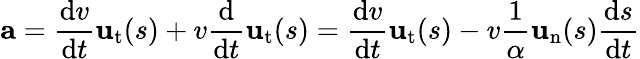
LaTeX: \mathbf{a}={\frac{\mathrm{d}v}{\mathrm{d}t}}\mathbf{u}_{\mathrm{t}}(s)+v{\frac{\mathrm{d}}{\mathrm{d}t}}\mathbf{u}_{\mathrm{t}}(s)={\frac{\mathrm{d}v}{\mathrm{d}t}}\mathbf{u}_{\mathrm{t}}(s)-v{\frac{1}{\alpha}}\mathbf{u}_{\mathrm{n}}(s){\frac{\mathrm{d}s}{\mathrm{d}t}}